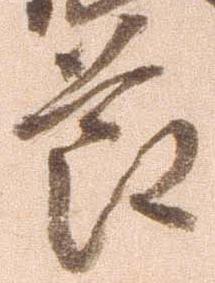
節